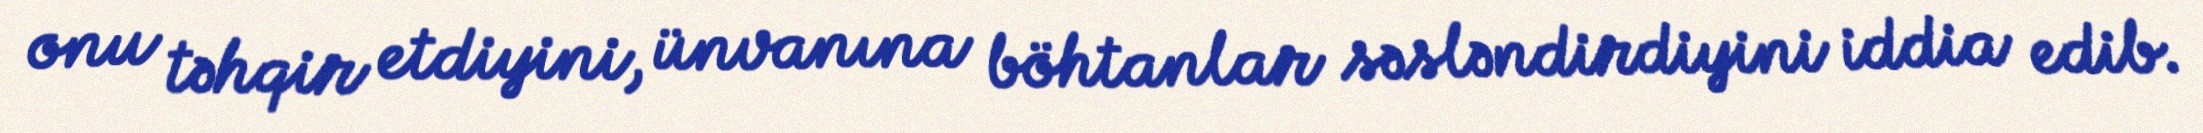
onu təhqir etdiyini, ünvanına böhtanlar səsləndirdiyini iddia edib.